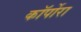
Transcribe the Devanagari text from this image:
कॉर्पोरा